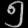
Digit: ၅